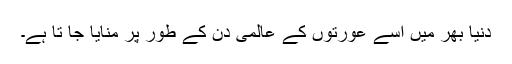
دنیا بھر میں اسے عورتوں کے عالمی دن کے طور پر منایا جا تا ہے۔